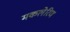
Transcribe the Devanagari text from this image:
मकलेरिण